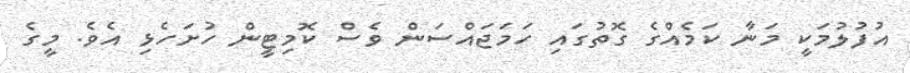
އުފުލުމަކީ މަނާ ކަމެއްގެ ގޮތުގައި ހަމަޖައްސަން ވެސް ކޮމިޓީން ހުށަހެޅި އެވެ. މީގެ